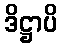
ဒိဋ္ဌာပိ